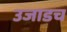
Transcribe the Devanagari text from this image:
उजाडच